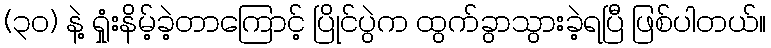
(၃ဝ) နဲ့ ရှုံးနိမ့်ခဲ့တာကြောင့် ပြိုင်ပွဲက ထွက်ခွာသွားခဲ့ရပြီ ဖြစ်ပါတယ်။